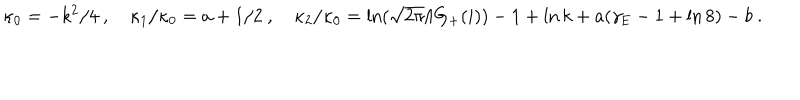
LaTeX: \kappa _ { 0 } = - k ^ { 2 } / 4 \ , \quad \kappa _ { 1 } / \kappa _ { 0 } = a + 1 / 2 \ , \quad { \kappa _ { 2 } / \kappa _ { 0 } = \ln ( \sqrt { 2 \pi } / G _ { + } ( i ) ) - 1 } + \ln k + a ( \gamma _ { \mathrm { E } } - 1 + \ln 8 ) - b \ .